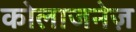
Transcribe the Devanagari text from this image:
कोलाजनेज़